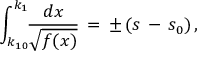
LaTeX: \int _ { k _ { 1 0 } } ^ { k _ { 1 } } \! \! \frac { d x } { \sqrt { f ( x ) } } \, = \, \pm \, ( s \, - \, s _ { 0 } ) \, { , }